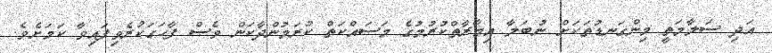
އަދި ސަލާމަތީ މިންގަނޑުތަކަށް ނުބަލާ އިމާރާތްކުރުމުގެ މަސައްކަތް ކުރަމުންދާކަން ވެސް ފާހަގަކުރެވިފައިވާ ކަމަށެވެ.